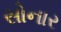
સોનાર